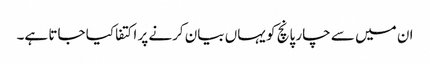
ان میں سے چار پانچ کو یہاں بیان کرنے پر اکتفا کیا جاتا ہے۔